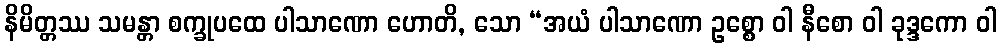
နိမိတ္တဿ သမန္တာ စက္ခုပထေ ပါသာဏော ဟောတိ, သော “အယံ ပါသာဏော ဥစ္စော ဝါ နီစော ဝါ ခုဒ္ဒကော ဝါ